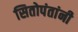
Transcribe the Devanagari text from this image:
सितोपंतांनी